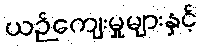
ယဉ်ကျေးမှုများနှင့်